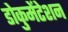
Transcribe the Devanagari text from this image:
डोकुमेंटेशन